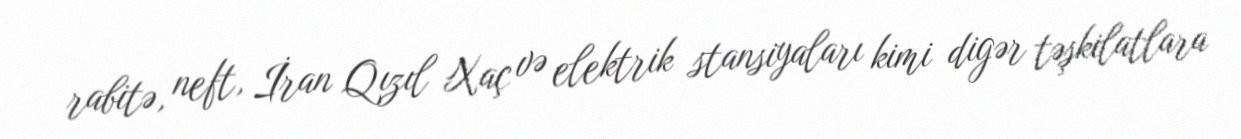
rabitə, neft, İran Qızıl Xaç və elektrik stansiyaları kimi digər təşkilatlara